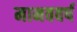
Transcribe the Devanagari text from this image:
मानववर्ष